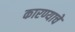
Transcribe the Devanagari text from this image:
कारण्याचे